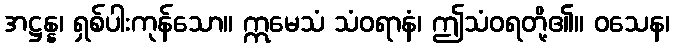
အဋ္ဌန္န၊ ရှစ်ပါးကုန်သော။ ဣမေသံ သံဝရာနံ၊ ဤသံဝရတို့၏။ ဝသေန၊